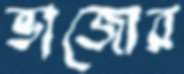
ভাজ্যের